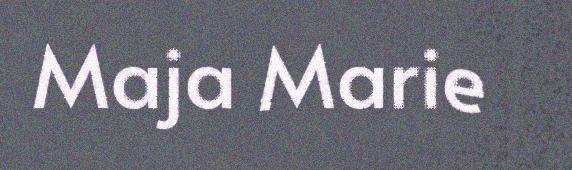
Maja Marie